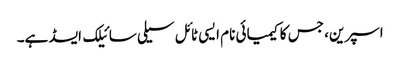
اسپرین، جس کا کیمیائی نام ایسی ٹائل سیلی سائیلک ایسڈ ہے۔